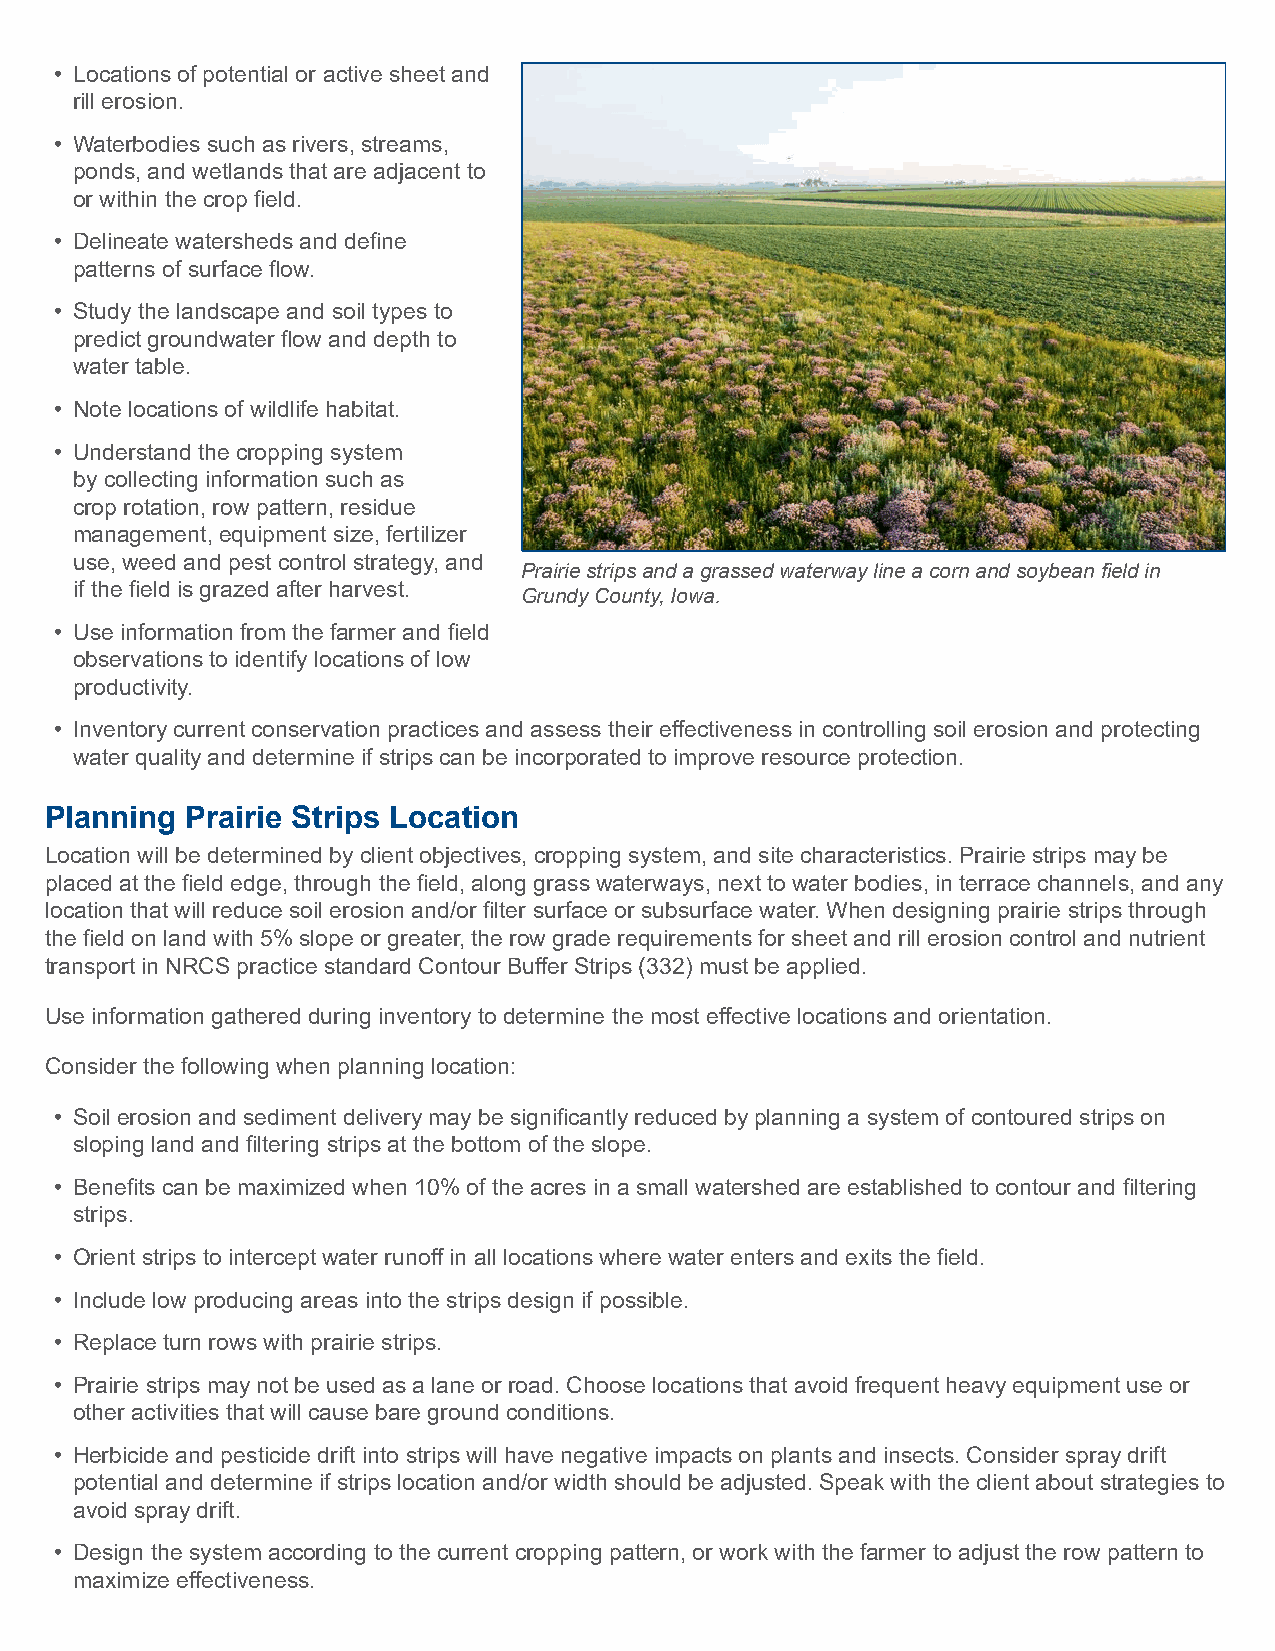
• Locations of potential or active sheet and
 rill erosion.
 • Waterbodies such as rivers, streams,
 ponds, and wetlands that are adjacent to
 or within the crop field.
 • Delineate watersheds and define
 patterns of surface flow.
 • Study the landscape and soil types to
 predict groundwater flow and depth to
 water table.
 • Note locations of wildlife habitat.
 • Understand the cropping system
 by collecting information such as
 crop rotation, row pattern, residue
 management, equipment size, fertilizer
 use, weed and pest control strategy, and
 Prairie strips and a grassed waterway line a corn and soybean field in
 if the field is grazed after harvest.
 Grundy County, Iowa.
 • Use information from the farmer and field
 observations to identify locations of low
 productivity.
 • Inventory current conservation practices and assess their effectiveness in controlling soil erosion and protecting
 water quality and determine if strips can be incorporated to improve resource protection.
 Planning Prairie Strips Location
 Location will be determined by client objectives, cropping system, and site characteristics. Prairie strips may be
 placed at the field edge, through the field, along grass waterways, next to water bodies, in terrace channels, and any
 location that will reduce soil erosion and/or filter surface or subsurface water. When designing prairie strips through
 the field on land with 5% slope or greater, the row grade requirements for sheet and rill erosion control and nutrient
 transport in NRCS practice standard Contour Buffer Strips (332) must be applied.
 Use information gathered during inventory to determine the most effective locations and orientation.
 Consider the following when planning location:
 • Soil erosion and sediment delivery may be significantly reduced by planning a system of contoured strips on
 sloping land and filtering strips at the bottom of the slope.
 • Benefits can be maximized when 10% of the acres in a small watershed are established to contour and filtering
 strips.
 • Orient strips to intercept water runoff in all locations where water enters and exits the field.
 • Include low producing areas into the strips design if possible.
 • Replace turn rows with prairie strips.
 • Prairie strips may not be used as a lane or road. Choose locations that avoid frequent heavy equipment use or
 other activities that will cause bare ground conditions.
 • Herbicide and pesticide drift into strips will have negative impacts on plants and insects. Consider spray drift
 potential and determine if strips location and/or width should be adjusted. Speak with the client about strategies to
 avoid spray drift.
 • Design the system according to the current cropping pattern, or work with the farmer to adjust the row pattern to
 maximize effectiveness.